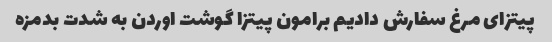
پیتزای مرغ سفارش دادیم برامون پیتزا گوشت اوردن به شدت بدمزه